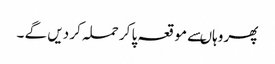
پھر وہاںسے مو قعہ پا کر حملہ کر دیں گے ۔